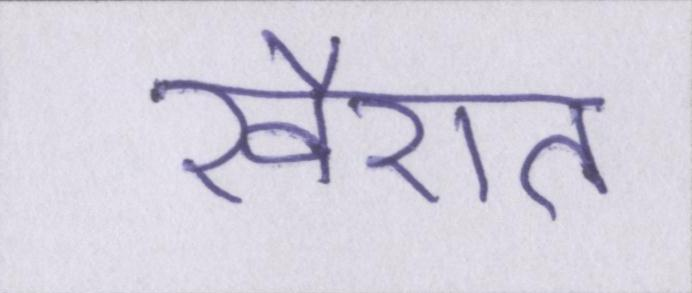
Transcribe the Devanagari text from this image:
खैरात